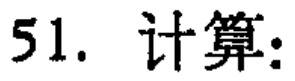
51. 计算：